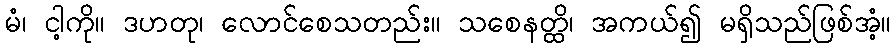
မံ၊ ငါ့ကို။ ဒဟတု၊ လောင်စေသတည်း။ သစေနတ္ထိ၊ အကယ်၍ မရှိသည်ဖြစ်အံ့။